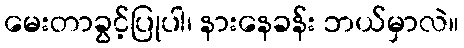
မေးတာခွင့်ပြုပါ၊ နားနေခန်း ဘယ်မှာလဲ။